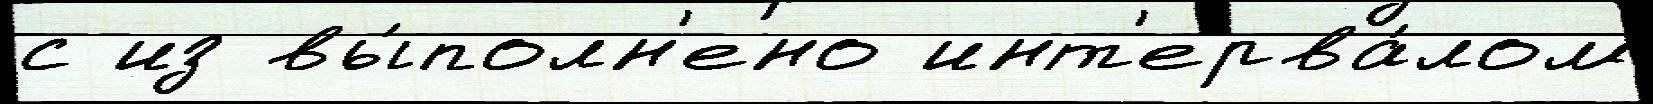
с из вы́полн'ено инт'ерва́лом